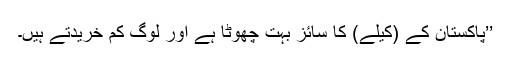
’’پاکستان کے (کیلے) کا سائز بہت چھوٹا ہے اور لوگ کم خریدتے ہیں۔